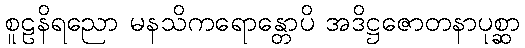
စူဠနိရညော မနသိကရောန္တောပိ အဒိဋ္ဌဇောတနာပုစ္ဆာ